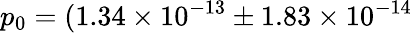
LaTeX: p_{0}=(1.34\times 10^{-13}\pm 1.83\times 10^{-14}